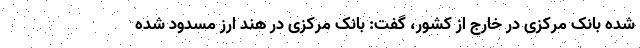
شده بانک مرکزی در خارج از کشور، گفت: بانک مرکزی در هند ارز مسدود شده